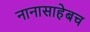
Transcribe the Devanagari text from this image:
नानासाहेबच